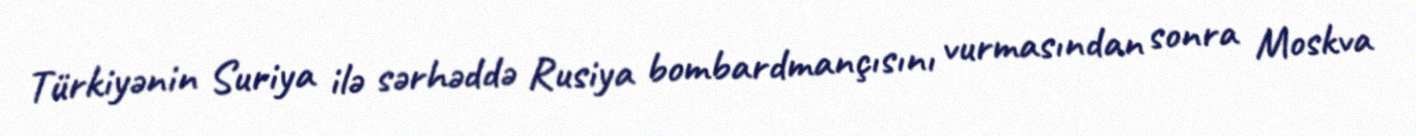
Türkiyənin Suriya ilə sərhəddə Rusiya bombardmançısını vurmasından sonra Moskva